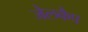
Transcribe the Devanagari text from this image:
जेलकैप